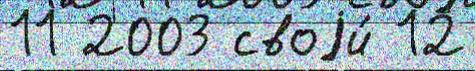
11 2003 своjи́ 12